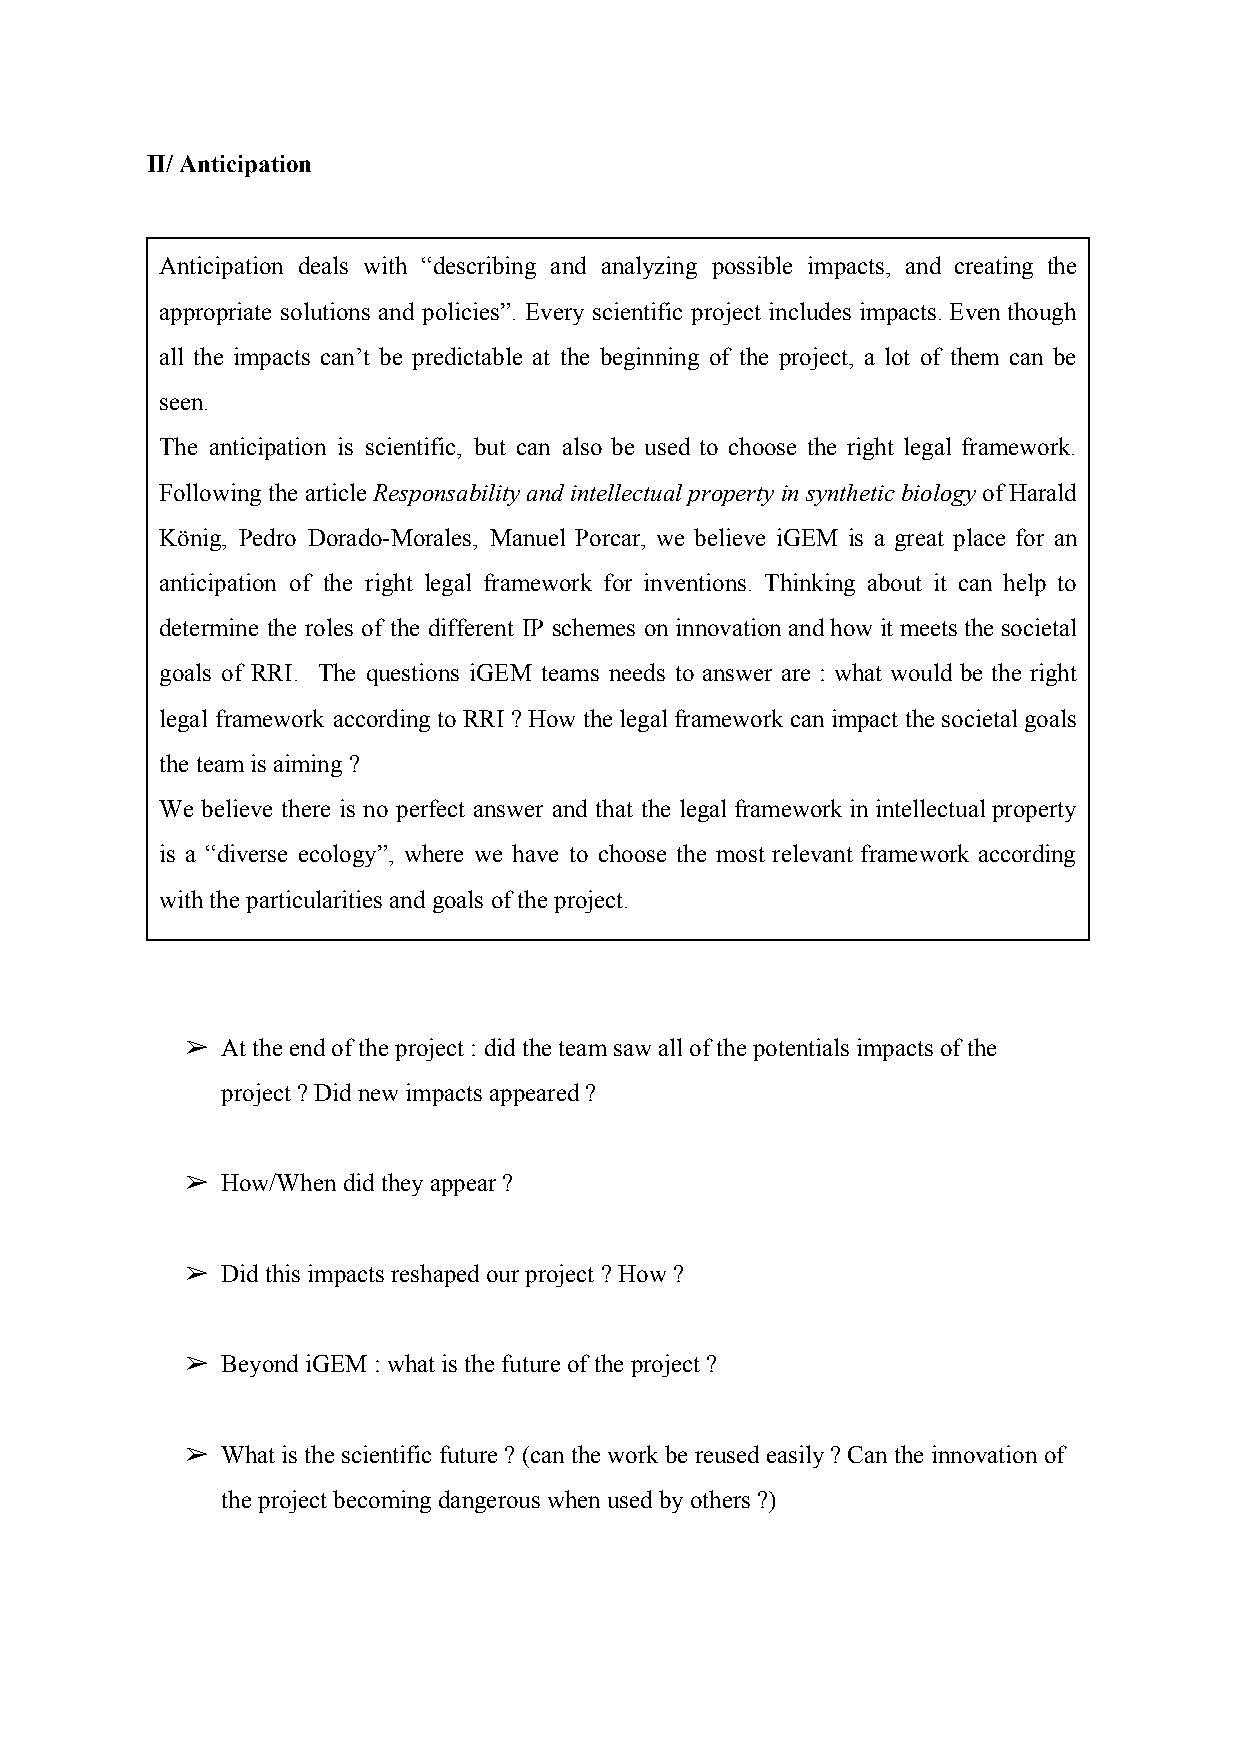
II/ Anticipation
 Anticipation deals with “describing and analyzing possible impacts, and creating the
 appropriate solutions and policies”. Every scientific project includes impacts. Even though
 all the impacts can’t be predictable at the beginning of the project, a lot of them can be
 seen.
 The anticipation is scientific, but can also be used to choose the right legal framework.
 Following the article Responsability and intellectual property in synthetic biology of Harald
 ​ ​                      ​
 König, Pedro Dorado-Morales, Manuel Porcar, we believe iGEM is a great place for an
 anticipation of the right legal framework for inventions. Thinking about it can help to
 determine the roles of the different IP schemes on innovation and how it meets the societal
 goals of RRI. The questions iGEM teams needs to answer are : what would be the right
 legal framework according to RRI ? How the legal framework can impact the societal goals
 the team is aiming ?
 We believe there is no perfect answer and that the legal framework in intellectual property
 is a “diverse ecology”, where we have to choose the most relevant framework according
 with the particularities and goals of the project.
 ➢  At the end of the project : did the team saw all of the potentials impacts of the
 project ? Did new impacts appeared ?
 ➢  How/When did they appear ?
 ➢  Did this impacts reshaped our project ? How ?
 ➢  Beyond iGEM : what is the future of the project ?
 ➢  What is the scientific future ? (can the work be reused easily ? Can the innovation of
 the project becoming dangerous when used by others ?)